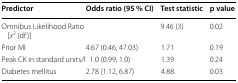
<table><thead><tr><td><b>Predictor</b></td><td><b>Odds ratio (95 % CI)</b></td><td><b>Test statistic</b></td><td><b>p value</b></td></tr></thead><tbody><tr><td>Omnibus Likelihood Ratio [<i>x</i><sup>2</sup> (df)]</td><td></td><td>9.46 (3)</td><td>0.02</td></tr><tr><td>Prior MI</td><td>4.67 (0.46, 47.03)</td><td>1.71</td><td>0.19</td></tr><tr><td>Peak CK in standard units/l</td><td>1.0 (0.99, 1.0)</td><td>1.39</td><td>0.24</td></tr><tr><td>Diabetes mellitus</td><td>2.78 (1.12, 6.87)</td><td>4.88</td><td>0.03</td></tr></tbody></table>